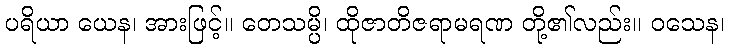
ပရိယာ ယေန၊ အားဖြင့်။ တေသမ္ပိ၊ ထိုဇာတိဇရာမရဏ တို့၏လည်း။ ဝသေန၊